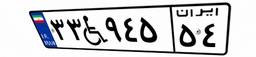
۳۳W۹۴۵۵۴